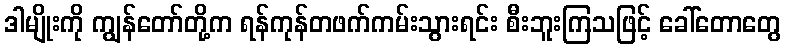
ဒါမျိုးကို ကျွန်တော်တို့က ရန်ကုန်တဖက်ကမ်းသွားရင်း စီးဘူးကြသဖြင့် ခေါ်တောတွေ